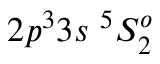
{ 2 p ^ { 3 } 3 s ~ ^ { 5 } S _ { 2 } ^ { o } }